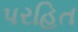
પરહિત